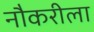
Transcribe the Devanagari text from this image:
नौकरीला